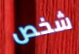
شخص